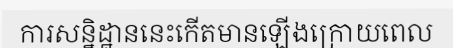
ការសន្និដ្ឋាននេះកើតមានឡើងក្រោយពេល